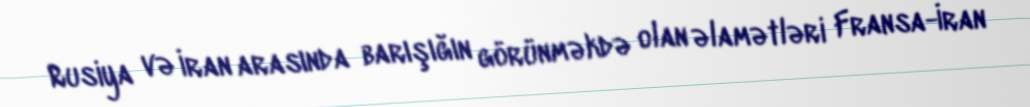
Rusiya və İran arasında barışığın görünməkdə olan əlamətləri Fransa-İran